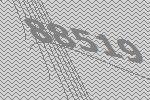
88519